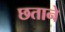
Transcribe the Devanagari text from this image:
छताने